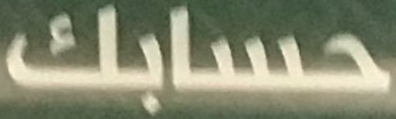
حسابك